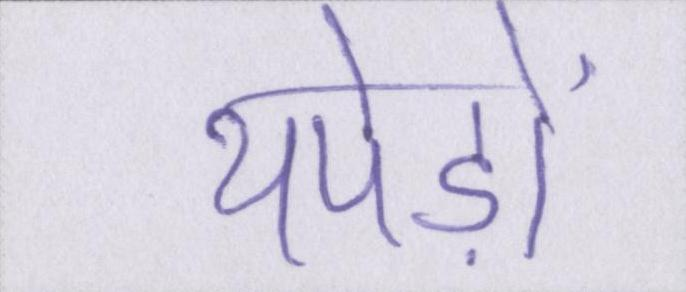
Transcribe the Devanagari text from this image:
थपेड़ों